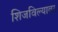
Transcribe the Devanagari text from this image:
शिजविल्यावर